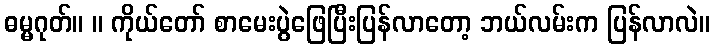
ဓမ္မဂုတ်။ ။ ကိုယ်တော် စာမေးပွဲဖြေပြီးပြန်လာတော့ ဘယ်လမ်းက ပြန်လာလဲ။